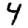
Digit: 4